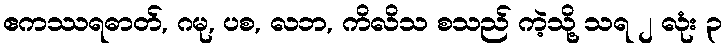
ဧကဿရဓာတ်, ဂမု, ပစ, လဘ, ကိလိသ စသည် ကဲ့သို့ သရ ၂ လုံး ၃